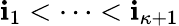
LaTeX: \mathbf{i}_{1}<\cdots<\mathbf{i}_{\kappa+1}